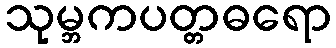
သုမ္ဘကပတ္တဓရော